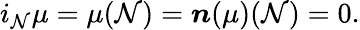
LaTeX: i_{\mathcal{N}}\mu=\mu(\mathcal{N})=\boldsymbol{n}(\mu)(\mathcal{N})=0.